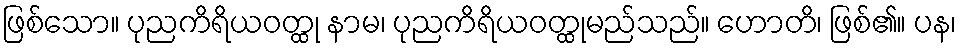
ဖြစ်သော။ ပုညကိရိယဝတ္ထု နာမ၊ ပုညကိရိယဝတ္ထုမည်သည်။ ဟောတိ၊ ဖြစ်၏။ ပန၊